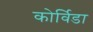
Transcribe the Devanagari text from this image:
कोर्विडा